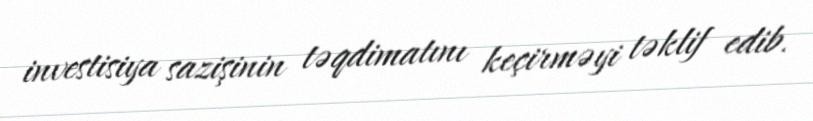
investisiya sazişinin təqdimatını keçirməyi təklif edib.